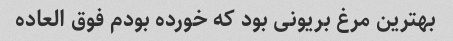
بهترین مرغ بریونی بود که خورده بودم فوق العاده